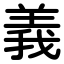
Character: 義